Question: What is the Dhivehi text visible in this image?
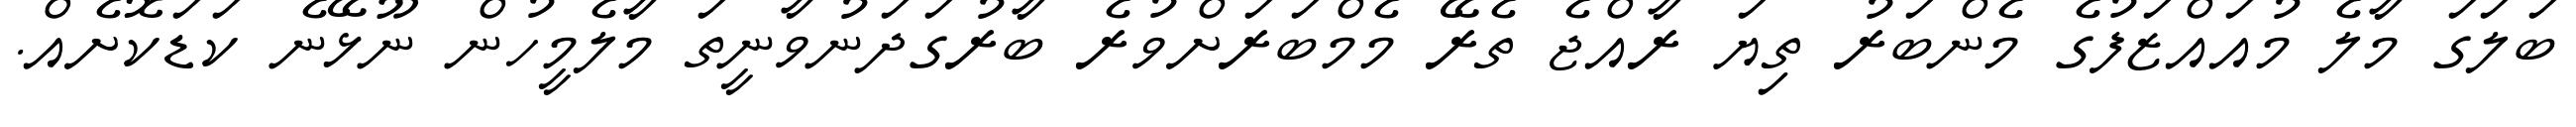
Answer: ބަލަގަ މާލެ މުއައްޒަފުގެ މެންބަރު ތިޔަ ރާއްޖެ ތެރޭ މެމްބަރަށްވުރެ ބާރުގަދަނުވާނީތަ މާލެމީހުން ނޫޅޭނެ ކަޑަކޮށެއް.